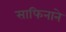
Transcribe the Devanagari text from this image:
साफिनाने